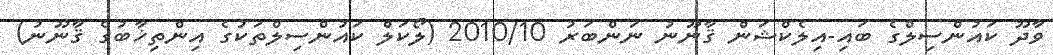
ވާދޫ ކައުންސިލްގެ ބައި-އިލެކްޝަން ޤާނޫނު ނަންބަރު 2010/10 (ލޯކަލް ކައުންސިލްތަކުގެ އިންތިޚާބުގެ ޤާނޫނު)